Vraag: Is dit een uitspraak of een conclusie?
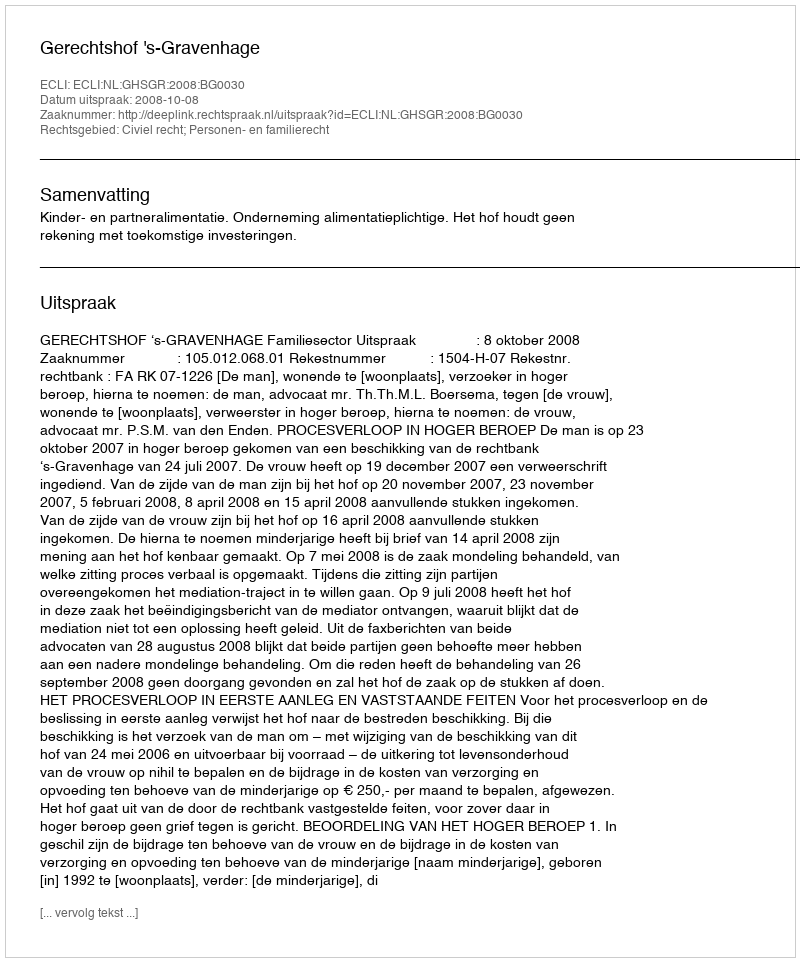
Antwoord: Uitspraak